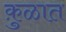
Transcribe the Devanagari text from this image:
कु़ळात